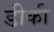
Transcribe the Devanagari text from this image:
डीकी